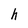
Character: h